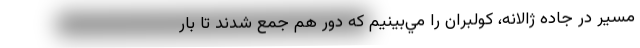
مسير در جاده ژالانه، كولبران را مي‌بينيم كه دور هم جمع شدند تا بار